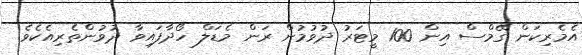
އެމެރިކަން ގޭމްސް އިން 100 މީޓަރު ދުވުމުން ރަން މެޑަލް ހޯދާފައިވާ ދުވުންތެރިއެކެވެ.